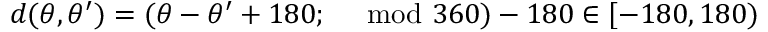
d ( \theta , \theta ^ { \prime } ) = ( \theta - \theta ^ { \prime } + 1 8 0 ; \ \mod 3 6 0 ) - 1 8 0 \in [ - 1 8 0 , 1 8 0 )